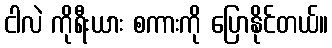
ငါလဲ ကိုရီးယား စကားကို ပြောနိုင်တယ်။